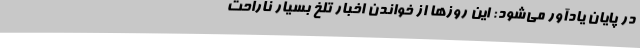
در پایان یادآور می‌شود: این روزها از خواندن اخبار تلخ بسیار ناراحت